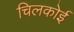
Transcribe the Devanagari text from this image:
चिलकोई